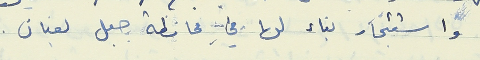
وا ستئجار بناء لها في محافظة جبل لبنان.